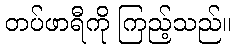
တပ်ဖာရီကို ကြည့်သည်။